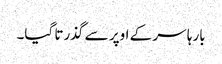
بارہا سر کے اوپر سے گذرتا گیا۔